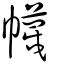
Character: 幭